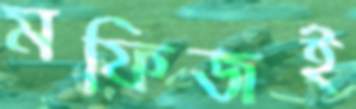
মফিজই